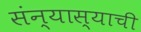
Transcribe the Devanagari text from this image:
संन्यास्याची